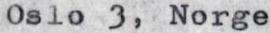
Oslo 3, Norge